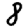
Digit: 8